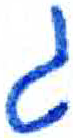
אות: ג